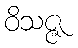
ဝိသဇ္ဇ